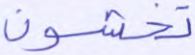
تخشون